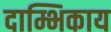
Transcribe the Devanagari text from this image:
दाम्भिकाय